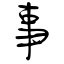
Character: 事